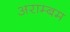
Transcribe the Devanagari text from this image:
अराम्बम